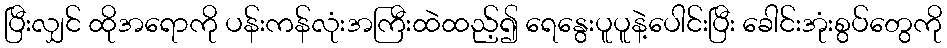
ပြီးလျှင် ထိုအရောကို ပန်းကန်လုံးအကြီးထဲထည့်၍ ရေနွေးပူပူနဲ့ပေါင်းပြီး ခေါင်းအုံးစွပ်တွေကို